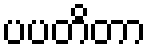
ပပတိတာ